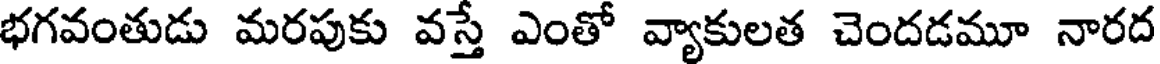
భగవంతుడు మరపుకు వస్తే ఎంతో వ్యాకులత చెందడమూ నారద